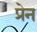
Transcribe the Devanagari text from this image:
प्रेन